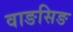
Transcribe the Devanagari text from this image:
वाङसिङ